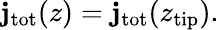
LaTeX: \mathbf{j}_{\mathrm{{tot}}}(z)=\mathbf{j}_{\mathrm{{tot}}}(z_{\mathrm{{tip}}}).